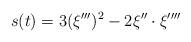
LaTeX: \begin{align*}s(t)=3(\xi''')^{2}-2\xi''\cdot\xi''''\end{align*}